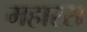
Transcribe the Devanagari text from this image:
महारस